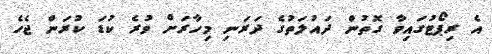
އެ ރިޕޯޓުގައިވާ ގޮތުން ދައުލަތުގެ ދަރަނި މިހާރަށް ވުރެ ކުޑަ ކުރަން ޖެހެ